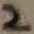
Text: 2